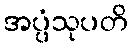
အပ္ပံသုပတိ